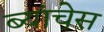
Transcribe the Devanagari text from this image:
ब्यांचेस